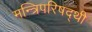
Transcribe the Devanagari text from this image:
मन्त्रिपरिषद्‍थी